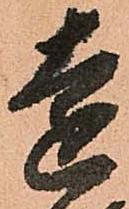
遠